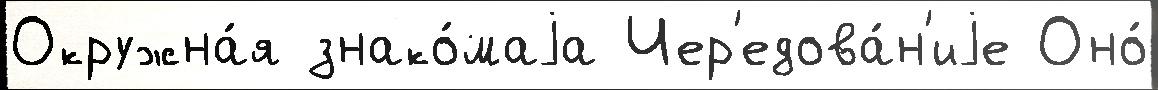
Окружна́я знако́маjа Чер'едова́н'иjе Оно́